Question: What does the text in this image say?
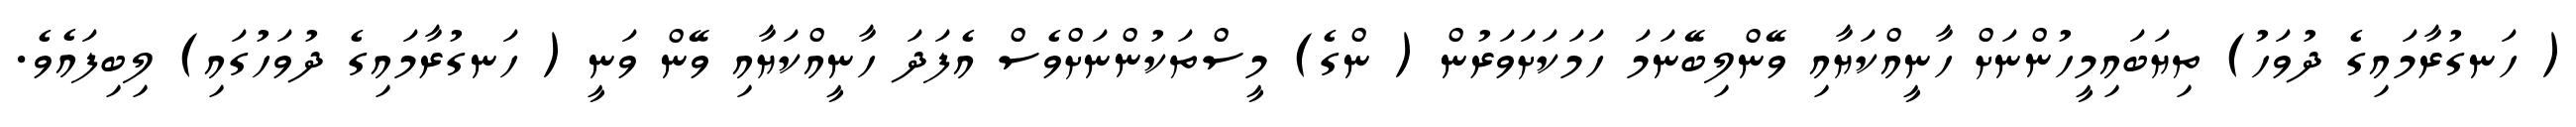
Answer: ( ހަނގުރާމައިގެ ދުވަހު) ތިޔަބައިމީހުންނަށް ހާނީއްކަޔާއި ވޭންލިބޭނަމަ ހަމަކަށަވަރުން ( ންގެ) މީސްތަކުންނަށްވެސް އެފަދަ ހާނީއްކަޔާއި ވޭން ވަނީ ( ހަނގުރާމައިގެ ދުވަހުގައި) ލިބިފައެވެ.